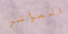
المؤشر